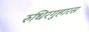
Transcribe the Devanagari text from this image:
रुधिरगुहारस